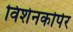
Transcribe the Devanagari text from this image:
विशेनकोर्पर